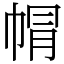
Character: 㡌